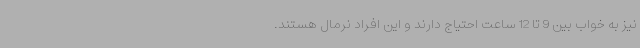
نیز به خواب بین 9 تا 12 ساعت احتیاج دارند و این افراد نرمال هستند.